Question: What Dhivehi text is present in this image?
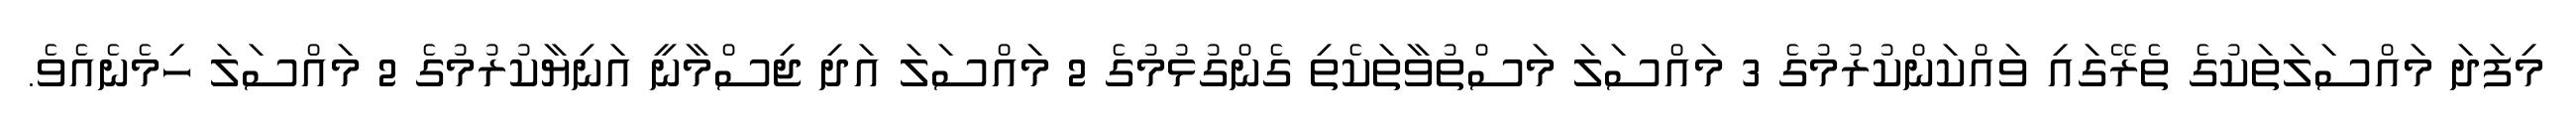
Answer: މިފަދަ މައްސަލަތަކުގެ ތެރޭގައި ވައްކަންކުރުމުގެ 3 މައްސަލަ މަސްތުވާތަކެތި ގެންގުޅުމުގެ 2 މައްސަލަ އަދި ޖިސްމާނީ އަނިޔާކުރުމުގެ 2 މައްސަލަ ހިމެނެއެވެ.